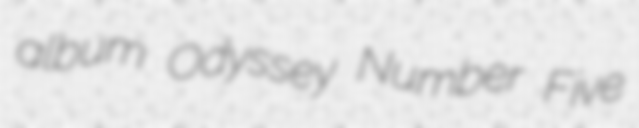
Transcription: album Odyssey Number Five